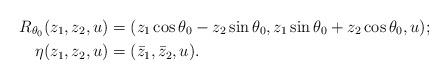
LaTeX: \begin{align*}R_{\theta_0}(z_1, z_2,u)&=(z_1\cos\theta_0 -z_2\sin\theta_0,z_1\sin\theta_0+z_2\cos\theta_0,u);\\\eta(z_1,z_2,u)&= (\bar z_1,\bar z_2 ,u).\end{align*}